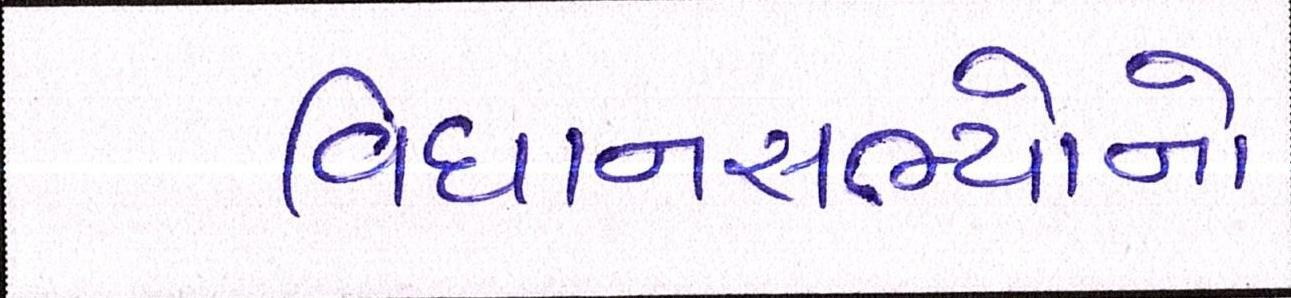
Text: વિધાનસભ્યોનો